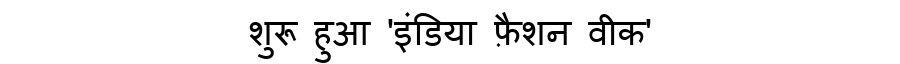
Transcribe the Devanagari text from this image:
शुरू हुआ 'इंडिया फ़ैशन वीक'